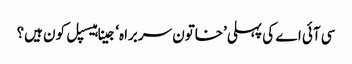
سی آئی اے کی پہلی ’خاتون سربراہ‘ جینا ہیسپل کون ہیں؟